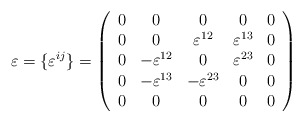
\begin{align*}\varepsilon = \{\varepsilon^{ij} \} = \left(\begin{array}{ccccc}0 & 0 & 0 & 0 & 0 \\0 & 0 & \varepsilon^{12} & \varepsilon^{13} & 0 \\0 & -\varepsilon^{12} & 0 & \varepsilon^{23} & 0 \\0 & -\varepsilon^{13} & -\varepsilon^{23} & 0 & 0 \\0 & 0 & 0 & 0 & 0\end{array}\right)\end{align*}